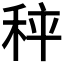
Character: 𥞯